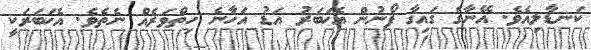
ކަނޑާލިއެވެ. އޭނާގެ ގައިގާ ފޯނުން އެޚަބަރު އަޑު އަހާނެ ހިތްވަރެއް ނެތެވެ. އެޚަބަރަކީ